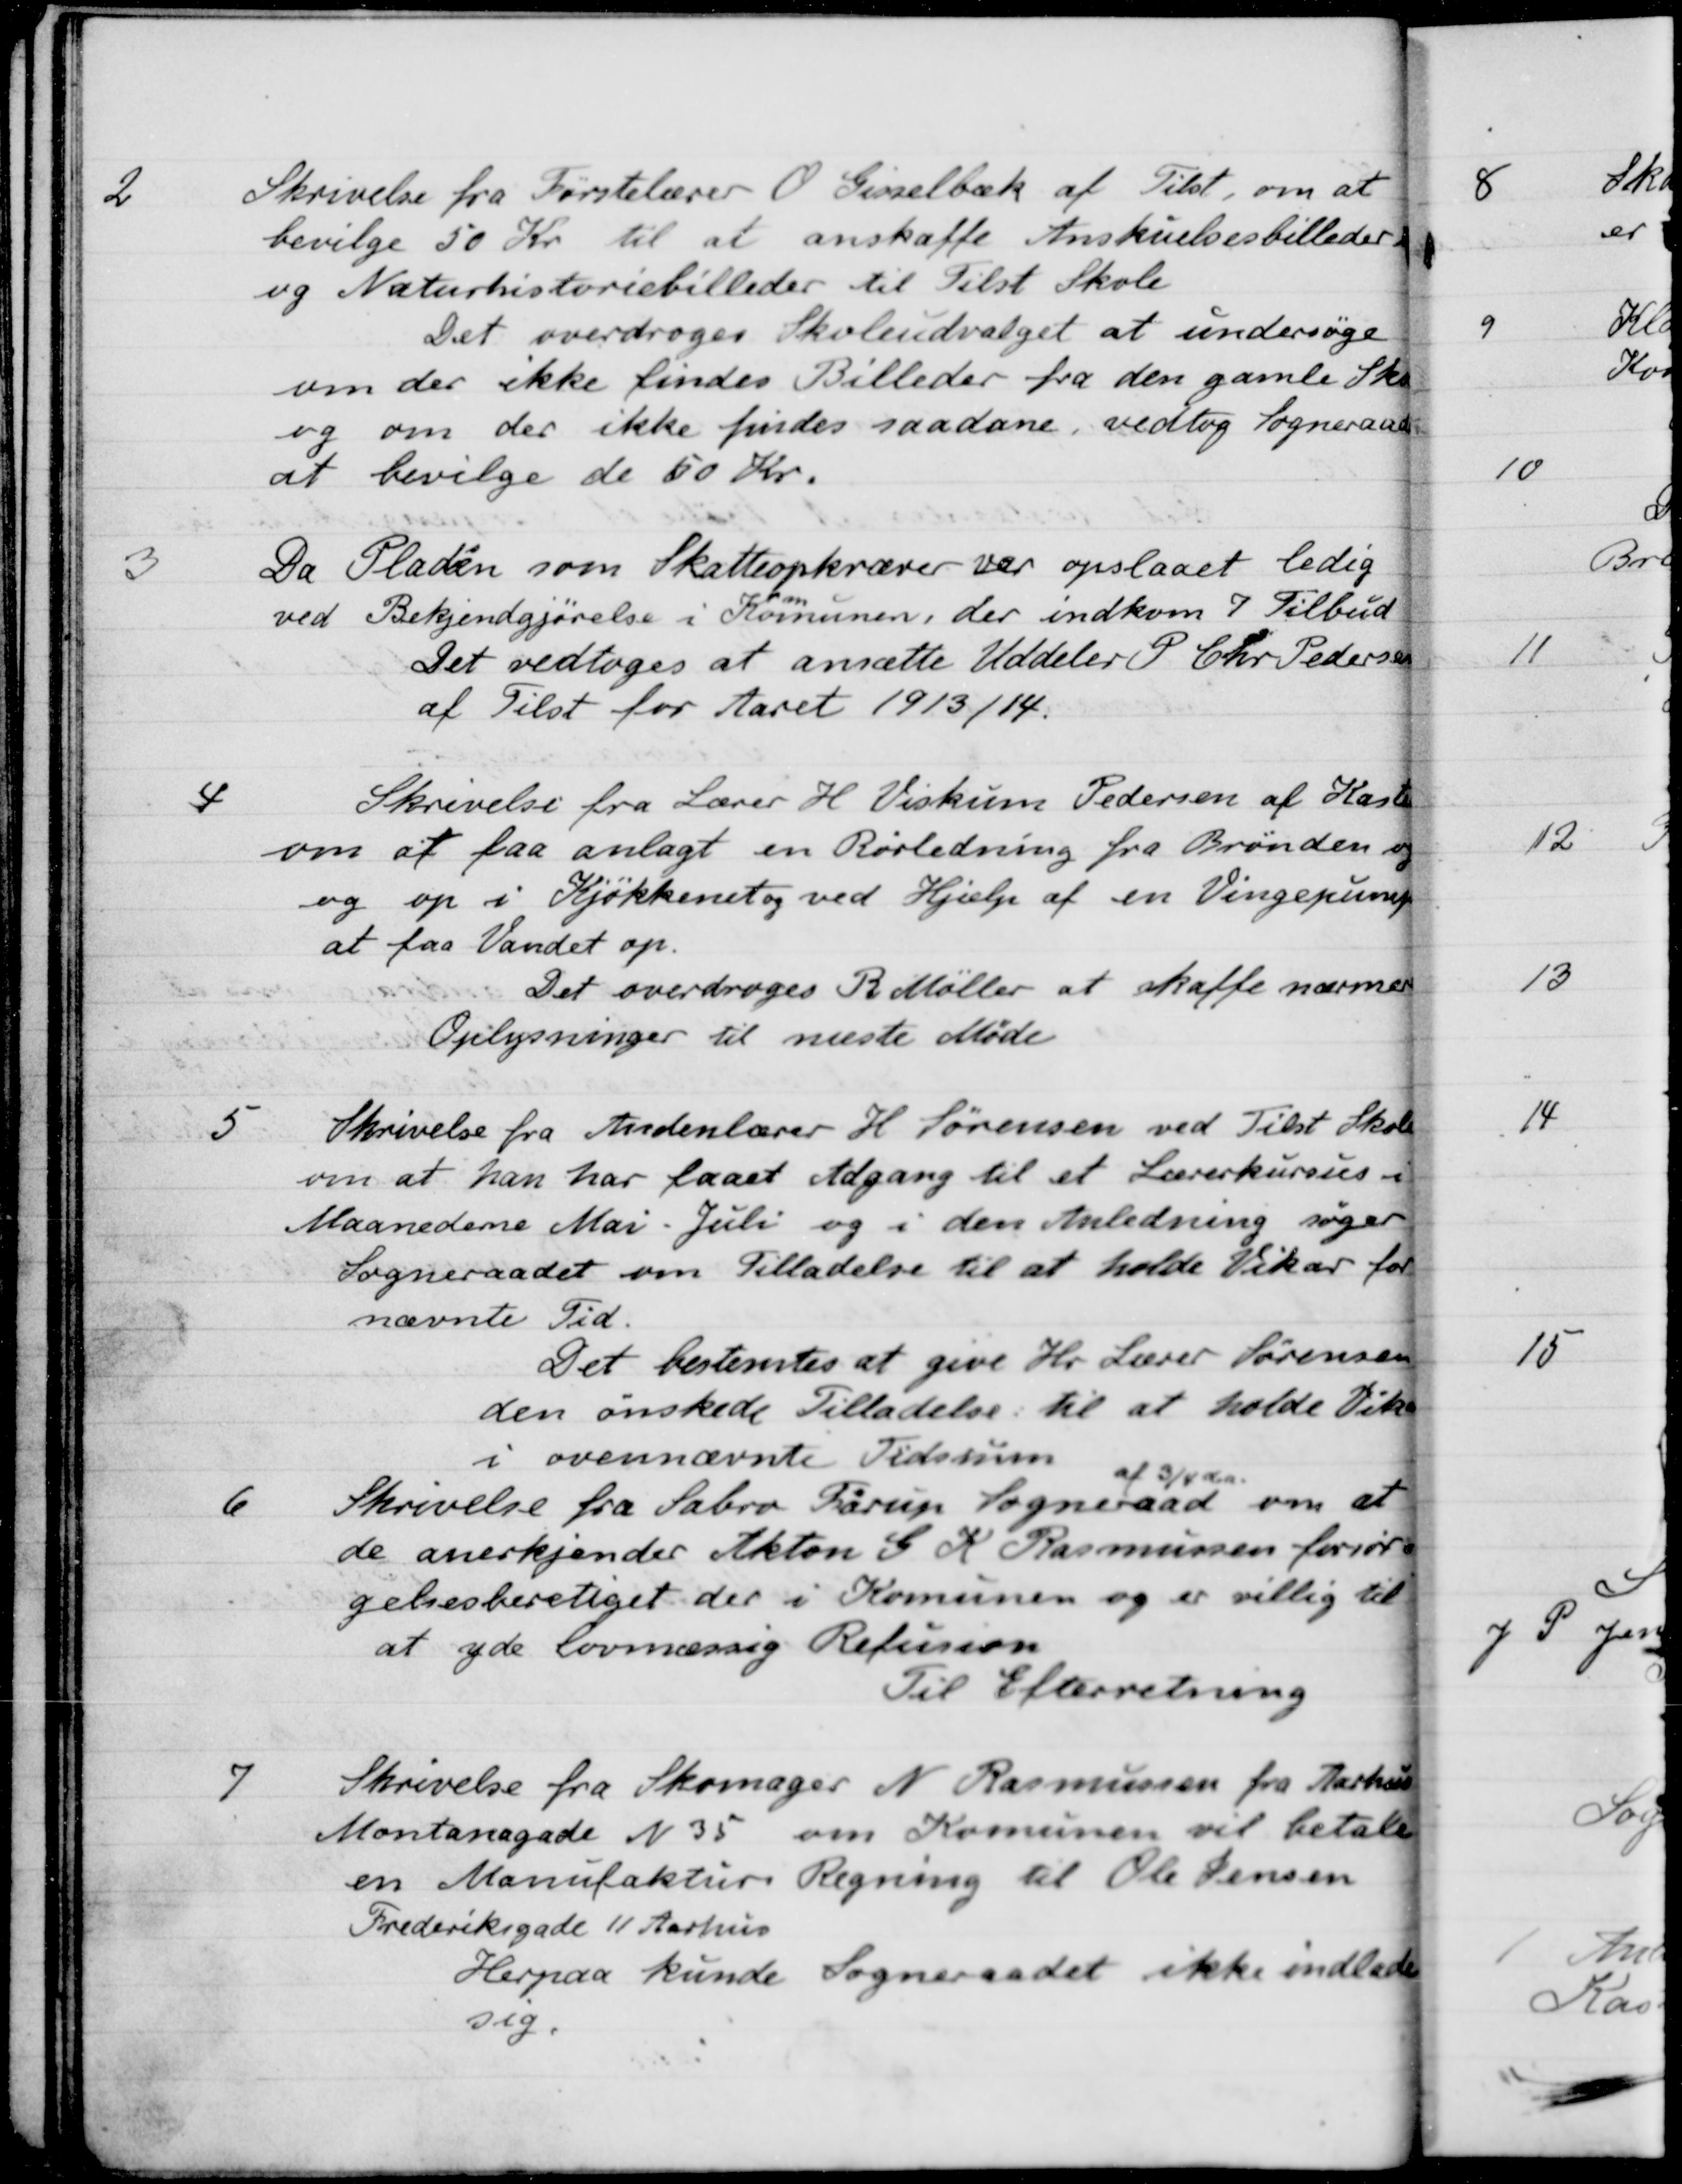
Transskription:
2
Skrivelse fra Førstelærer O Gisselbæk af Tilst, om at
bevilge 50 Kr. til at anskaffe Anskuelsesbilleder
og Naturhistoriebilleder til Tilst Skole
Det overdroges Skoleudvalget at undersøge
om der ikke findes Billeder fra den gamle Skole
og om der ikke findes saadane, vedtog Sogneraadet
at bevilge de 50 Kr.
3
Da Pladsen som Skatteopkræver var opslaaet ledig
ved Bekjendgjørelse i Kommunen, der indkom 7 Tilbud
Det vedtoges at ansætte Uddeler P. Chr. Pedersen
af Tilst for Aaret 1913/14.
4
Skrivelse fra Lærer H. Viskum Pedersen af Hasle
om at faa anlagt en Rørledning fra Brønden og
og op i Kjøkkenet og ved Hjælp af en Vingepumpe
at faa Vandet op.
Det overdroges R. Møller at skaffe nærmer
Oplysninger til næste Møde
5
Skrivelse fra Andenlærer H. Sørensen ved Tilst Skole
om at han har faaet Adgang til et Lærerkursus i
Maanederne Mai. Juli og i den Anledning søger
Sogneraadet om Tilladelse til at holde Vikar for
nævnte Tid.
Det bestemtes at give Hr. Lærer Sørensen
den ønskede Tilladelse til at holde Vikar
i ovennævnte Tidsrum
6
Skrivelse fra Sabro Farup Sogneraad
af 3/4 d.a.
om at
de anerkjender Akton C. K. Rasmussen forsør
gelsesberettiget der i Komunen og er villig til
at yde lovmæssig Refusion
Til Efterretning
7
Skrivelse fra Skomager N. Rasmussen fra Aarhus
Montanagade N 35 om Komunen vil betale
en Manufaktur Regning til Ole Jensen
Frederiksgade 11 Aarhus
Herpaa kunde Sogneraadet ikke indlade
sig.